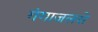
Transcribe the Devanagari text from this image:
गंगाजलसे